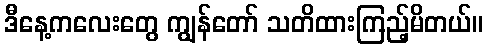
ဒီနေ့ကလေးတွေ ကျွန်တော် သတိထားကြည့်မိတယ်။